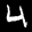
Label: 4